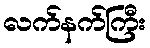
လက်နက်ကြီး